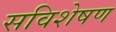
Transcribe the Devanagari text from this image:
सविशेषण